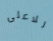
للاعلى